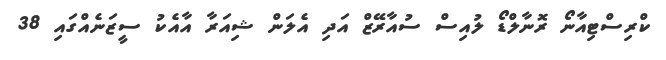
ކްރިސްޓިއާނޯ ރޮނާލްޑޯ ލުއިސް ސުއާރޭޒް އަދި އެލަން ޝިއަރާ އާއެކު ސީޒަނެއްގައި 38